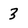
Character: 3